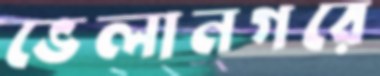
ভেলানগরে